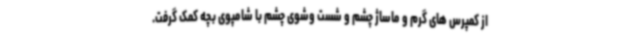
از کمپرس های گرم و ماساژ چشم و شست وشوی چشم با شامپوی بچه کمک گرفت.